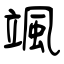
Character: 颯